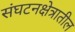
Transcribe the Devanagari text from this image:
संघटनक्षेत्रातील